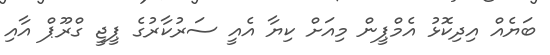
ބަޔެއް އިދިކޮޅު އެމްޕީން މިއަށް ކިޔާ އެއީ ސަރުކާރުގެ ޕީޖީ ގްރޫޕް އާއި